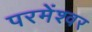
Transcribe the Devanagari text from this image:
परमेंश्वर